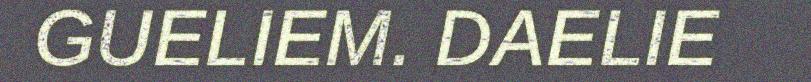
GUELIEM. DAELIE